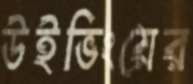
উইভিংয়ের